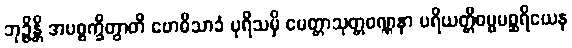
ဘုဉ္ဇိန္တိ အပစ္စက္ခိတွာတိ ဗောဓိသာခံ ပုရိသမှိ မေတ္တာသုတ္တဝဏ္ဏနာ ပရိယတ္တိဓမ္မမစ္ဆရိယေန